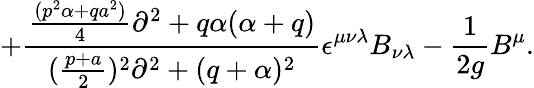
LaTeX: +{\frac{{\frac{(p^{2}\alpha+qa^{2})}{4}}\partial^{2}+q\alpha(\alpha+q)}{({\frac{p+a}{2}})^{2}\partial^{2}+(q+\alpha)^{2}}}\epsilon^{\mu\nu\lambda}B_{\nu\lambda}-{\frac{1}{2g}}B^{\mu}.